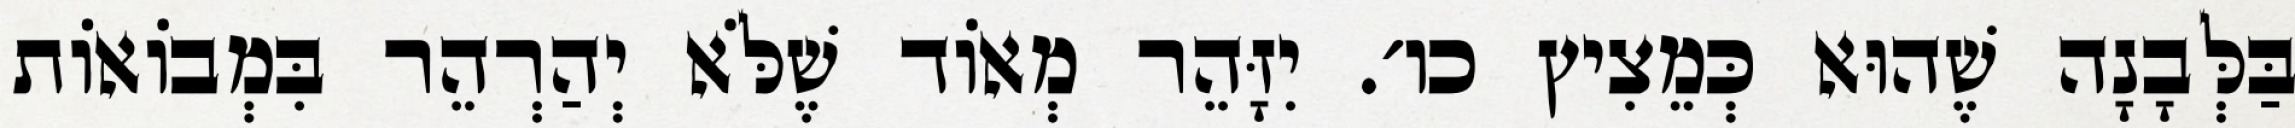
בַּלְּבָנָה שֶׁהוּא כְּמֵצִיץ כו׳. יִזָּהֵר מְאוֹד שֶׁלֹּא יְהַרְהֵר בִּמְבוֹאוֹת